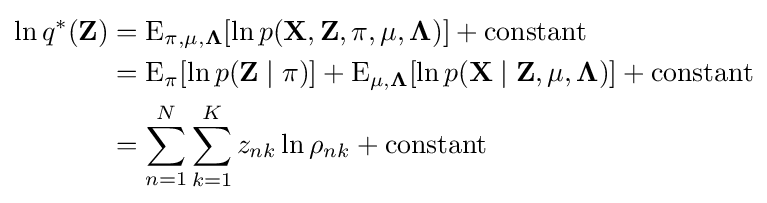
{\begin{aligned}\ln q^{*}(\mathbf {Z} )&=\operatorname {E} _{\mathbf {\pi } ,\mathbf {\mu } ,\mathbf {\Lambda } }[\ln p(\mathbf {X} ,\mathbf {Z} ,\mathbf {\pi } ,\mathbf {\mu } ,\mathbf {\Lambda } )]+{\text{constant}}\\&=\operatorname {E} _{\mathbf {\pi } }[\ln p(\mathbf {Z} \mid \mathbf {\pi } )]+\operatorname {E} _{\mathbf {\mu } ,\mathbf {\Lambda } }[\ln p(\mathbf {X} \mid \mathbf {Z} ,\mathbf {\mu } ,\mathbf {\Lambda } )]+{\text{constant}}\\&=\sum _{n=1}^{N}\sum _{k=1}^{K}z_{nk}\ln \rho _{nk}+{\text{constant}}\end{aligned}}